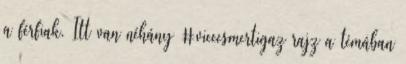
a férfiak. Itt van néhány #viccesmertigaz rajz a témában